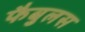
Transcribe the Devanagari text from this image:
फैबुलस